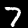
Digit: 7